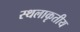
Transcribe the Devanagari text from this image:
स्थलाकृतीय